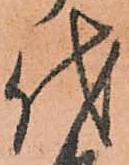
代